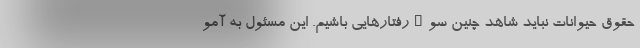
حقوق حیوانات نباید شاهد چنین سوءرفتارهایی باشیم. این مسئول به آمو